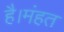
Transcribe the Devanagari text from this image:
है।मंहत